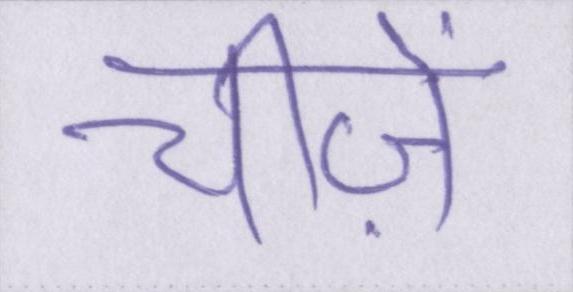
चीज़ें